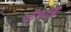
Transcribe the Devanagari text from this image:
स्टॅफोर्ड